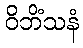
ဝိဘိံသနံ